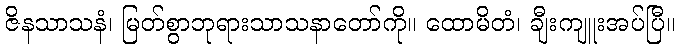
ဇိနသာသနံ၊ မြတ်စွာဘုရားသာသနာတော်ကို။ ထောမိတံ၊ ချီးကျူးအပ်ပြီ။